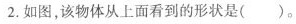
2.如图，该物体从上面看到的形状是( )。